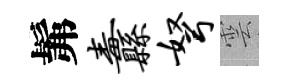
髴纛弩雲